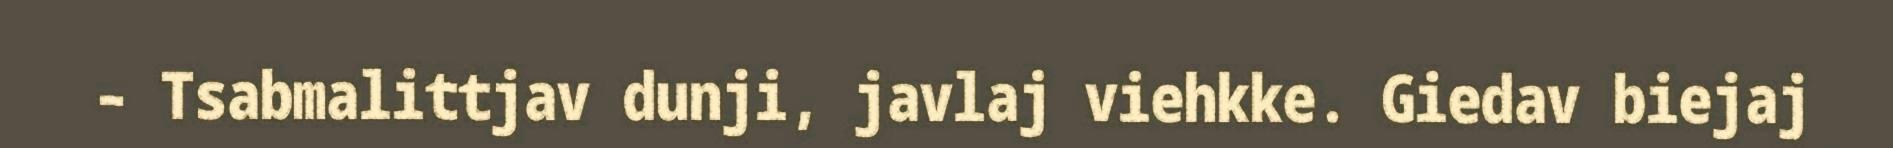
– Tsabmalittjav dunji, javlaj viehkke. Giedav biejaj